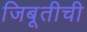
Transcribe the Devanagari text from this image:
जिबूतीची